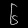
Digit: ၆